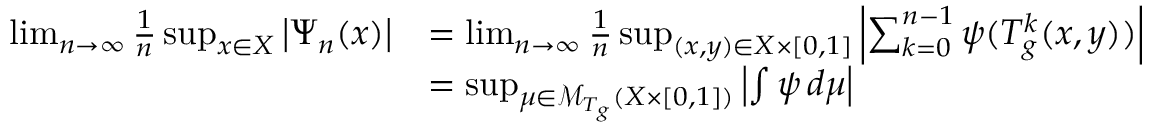
\begin{array} { r l } { \operatorname* { l i m } _ { n \to \infty } \frac { 1 } { n } \operatorname* { s u p } _ { x \in X } \left| \Psi _ { n } ( x ) \right| } & { = \operatorname* { l i m } _ { n \to \infty } \frac { 1 } { n } \operatorname* { s u p } _ { ( x , y ) \in X \times [ 0 , 1 ] } \left| \sum _ { k = 0 } ^ { n - 1 } \psi ( T _ { g } ^ { k } ( x , y ) ) \right| } \\ & { = \operatorname* { s u p } _ { \mu \in \mathcal { M } _ { T _ { g } } ( X \times [ 0 , 1 ] ) } \left| \int \psi \, d \mu \right| } \end{array}